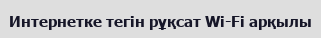
Интернетке тегiн рұқсат Wi-Fi арқылы